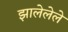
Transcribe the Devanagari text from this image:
झालेलेले